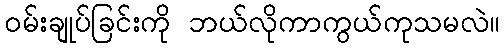
၀မ်းချုပ်ခြင်းကို ဘယ်လိုကာကွယ်ကုသမလဲ။